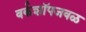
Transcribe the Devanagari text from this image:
वर्कशॉपजवळ